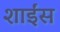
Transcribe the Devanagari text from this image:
शाईंस